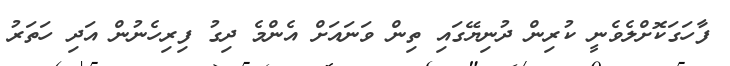
ފާހަގަކޮށްލެވެނީ ކުރިން ދުނިޔޭގައި ތިން ވަނައަށް އެންމެ ދިގު ފިރިހެނުން އަދި ހަތަރު